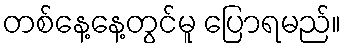
တစ်နေ့နေ့တွင်မူ ပြောရမည်။